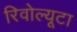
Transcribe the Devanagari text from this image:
रिवोल्यूटा